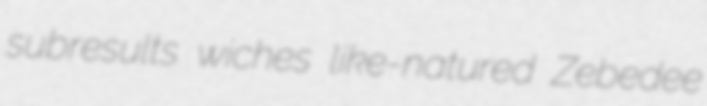
subresults wiches like-natured Zebedee